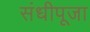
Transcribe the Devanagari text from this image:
संधीपूजा